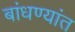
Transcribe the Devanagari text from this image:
बांधण्यांत